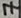
Text: 7